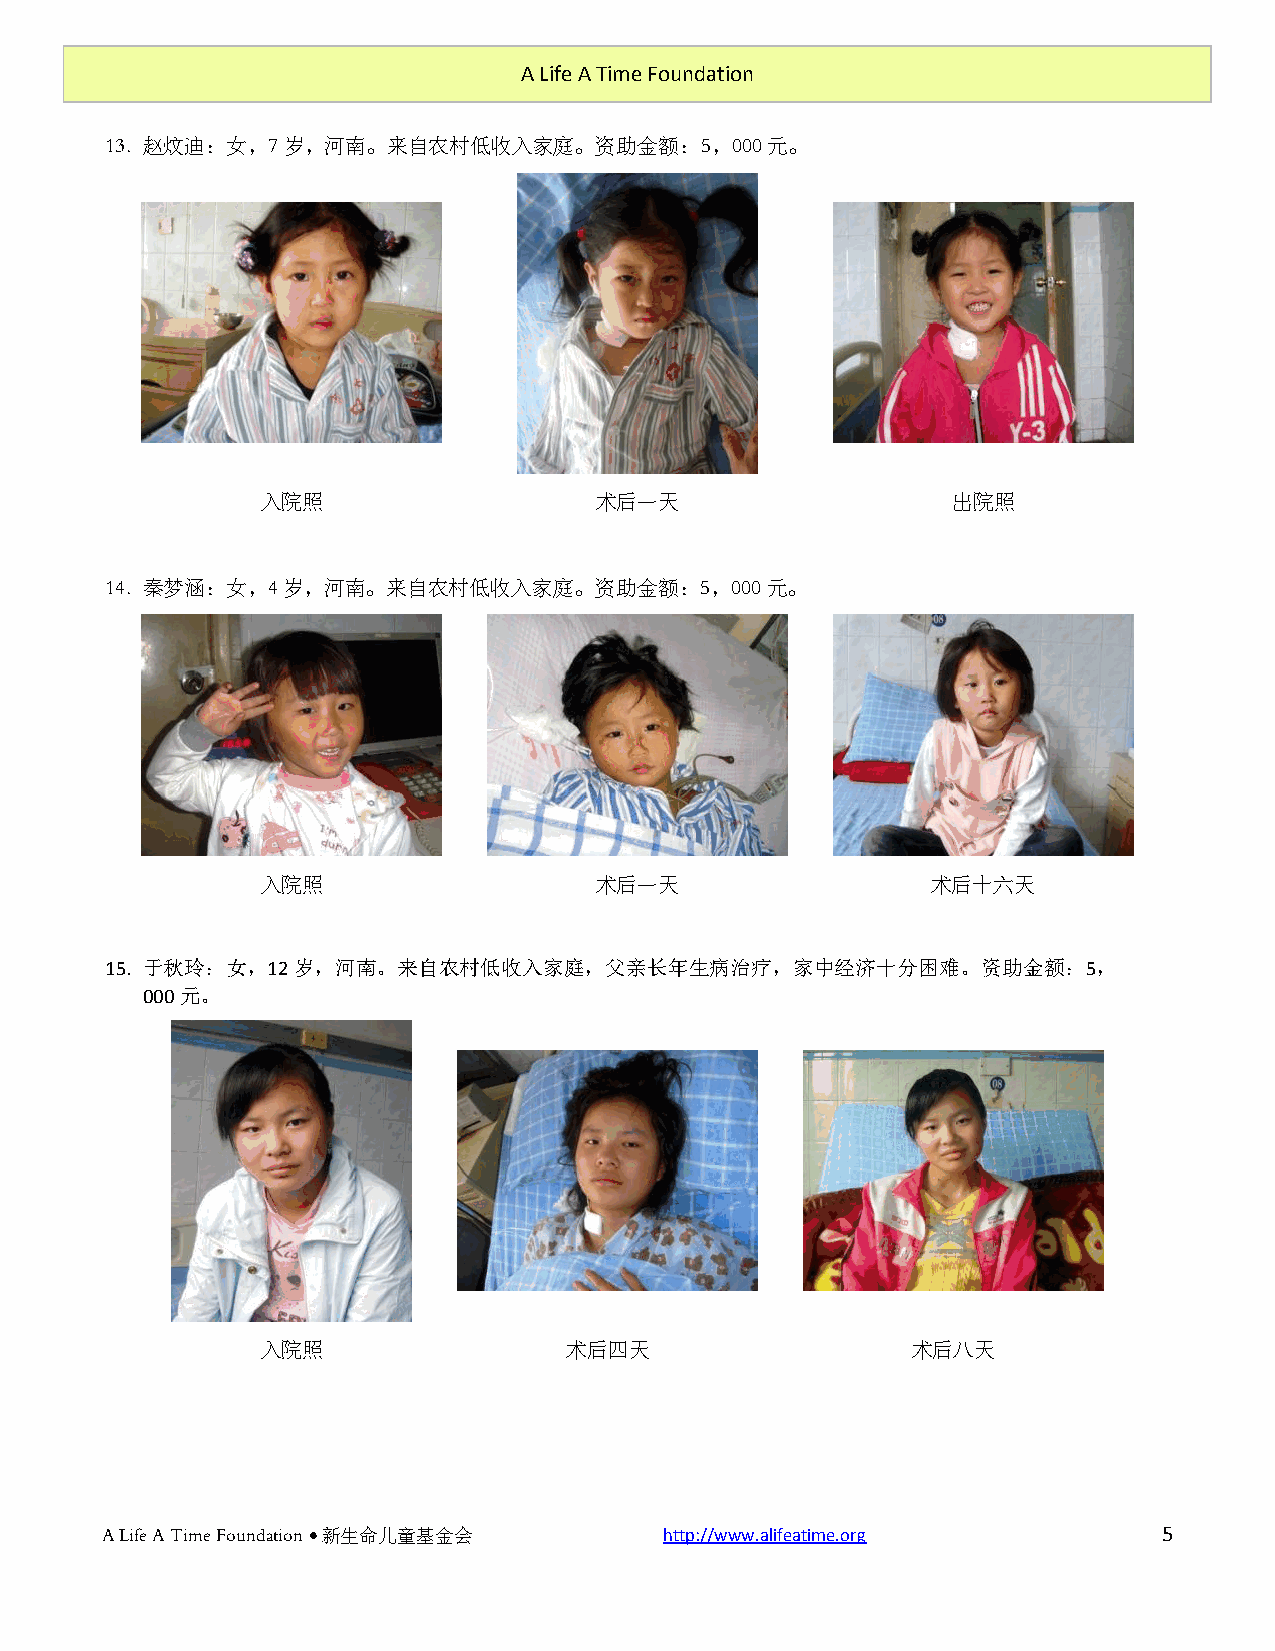
A Life A Time Foundation
 13. 赵炆迪：女，7 岁，河南。来自农村低收入家庭。资助金额：5，000元。
 入院照                   术后一天                    出院照
 14. 秦梦涵：女，4岁，河南。来自农村低收入家庭。资助金额：5，000元。
 入院照                   术后一天                   术后十六天
 15. 于秋玲：女，12岁，河南。来自农村低收入家庭，父亲长年生病治疗，家中经济十分困难。资助金额：5，
 000元。
 入院照                 术后四天                   术后八天
 A Life A Time Foundation  新生命儿童基金会  http://www.alifeatime.org        5